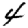
Digit: 4